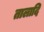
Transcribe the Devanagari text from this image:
तालादि